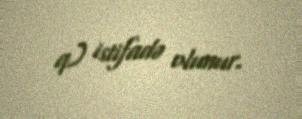
q) istifadə olunur.